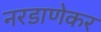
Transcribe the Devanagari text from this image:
नरडाणेकर